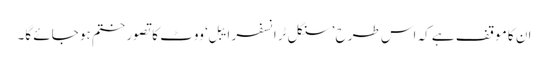
ان کا موقف ہے کہ اس طرح ’سنگل ٹرانسفر ایبل‘ ووٹ کا تصور ختم ہو جائے گا۔